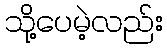
သို့ပေမဲ့လည်း